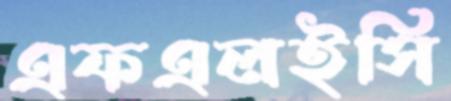
এফএলইসি